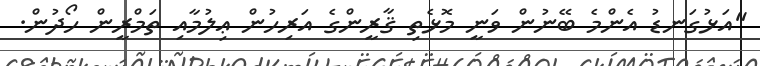
"އަޅުގަނޑު އެންމެ ބޭނުން ވަނީ މޮޅެތި ޤާރީންގެ އަރިހުން ޢިލުމާއި ތަމްރީން ހޯދުން.